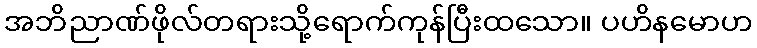
အဘိညာဏ်ဖိုလ်တရားသို့ရောက်ကုန်ပြီးထသော။ ပဟိနမောဟ